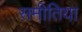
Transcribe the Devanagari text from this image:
समीतिया